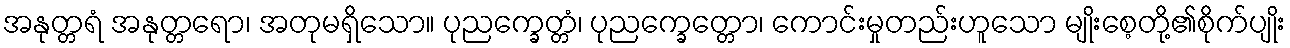
အနုတ္တရံ အနုတ္တရော၊ အတုမရှိသော။ ပုညက္ခေတ္တံ၊ ပုညက္ခေတ္တော၊ ကောင်းမှုတည်းဟူသော မျိုးစေ့တို့၏စိုက်ပျိုး